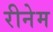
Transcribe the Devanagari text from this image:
रीनेम